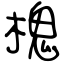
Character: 槐